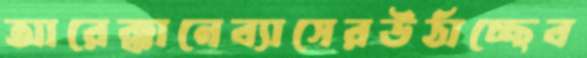
আরেক্কানেব্যাসেরউঠাচ্ছেব